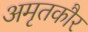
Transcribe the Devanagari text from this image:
अमृतकौर